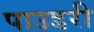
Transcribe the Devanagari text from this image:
पाउडरी